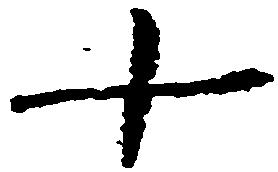
十